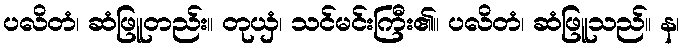
ပလိတံ၊ ဆံဖြူတည်း။ တုယှံ၊ သင်မင်းကြီး၏။ ပလိတံ၊ ဆံဖြူသည်။ န၊